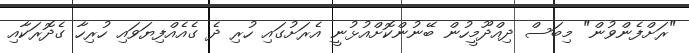
"ރަށްފެންވުން" މިބަސް ދިއްދޫމީހުން ބޭނުންކޮށްއުޅުނީ އެރަށުގައި ހުރި ދެ ގެއެއްފިޔަވައި ހުރިހާ ގެދޮރަކާއި